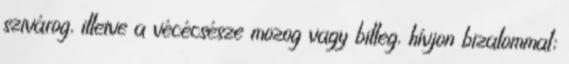
szivárog, illetve a vécécsésze mozog vagy billeg, hívjon bizalommal;